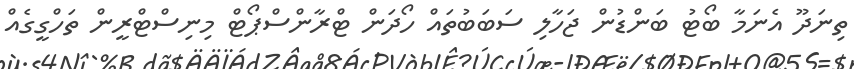
ތިނަދޫ އެނަމާ ބޯޓު ބަންޑުން ޖަހާލި ސަބަބުތައް ހޯދަން ޓްރާންސްޕޯޓް މިނިސްޓްރީން ތަހްގީގެއް